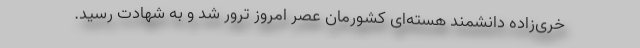
خری‌زاده دانشمند هسته‌ای کشورمان عصر امروز ترور شد و به شهادت رسید.